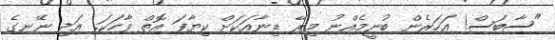
"ސާބަސް! އަހަރެން ބުނީމެއްނު މިރޭ ޑިނާއަކަށް ކިޔާފަ އޮތް ވާހަކަ. އަދި ނޭނގެ